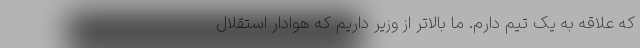
که علاقه به یک تیم دارم. ما بالاتر از وزیر داریم که هوادار استقلال